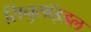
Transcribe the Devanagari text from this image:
सिनुसॉइडल